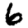
Digit: 6